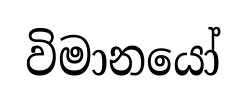
විමානයෝ